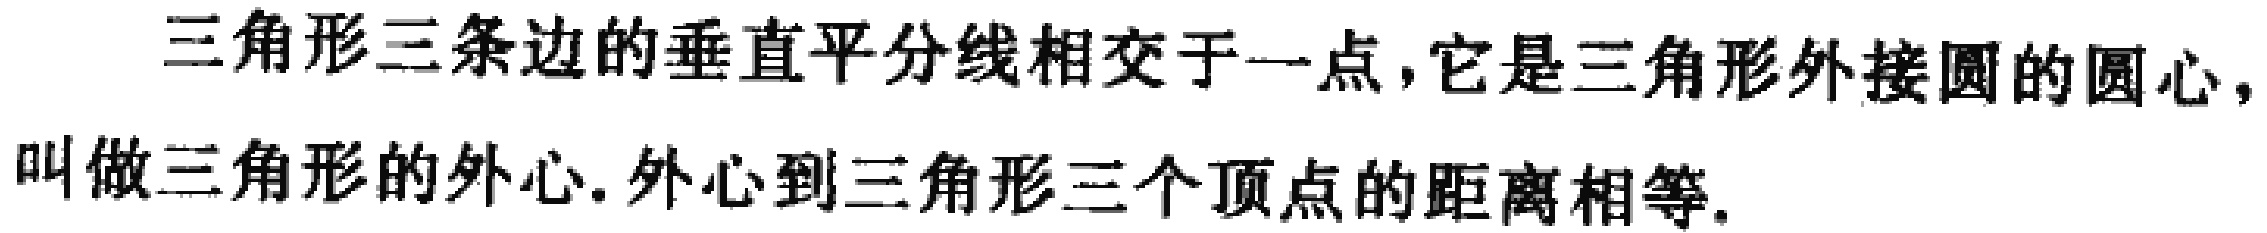
三角形三条边的垂直平分线相交于一点，它是三角形外接圆的圆心，叫做三角形的外心. 外心到三角形三个顶点的距离相等.